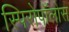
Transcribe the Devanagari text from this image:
स्पिरोपॉलोस